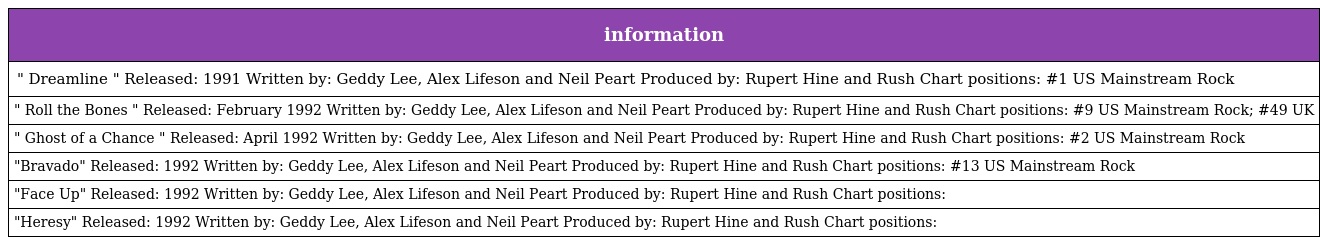
| information |
 | --- |
 | " Dreamline " Released: 1991 Written by: Geddy Lee, Alex Lifeson and Neil Peart Produced by: Rupert Hine and Rush Chart positions: #1 US Mainstream Rock |
 | " Roll the Bones " Released: February 1992 Written by: Geddy Lee, Alex Lifeson and Neil Peart Produced by: Rupert Hine and Rush Chart positions: #9 US Mainstream Rock; #49 UK |
 | " Ghost of a Chance " Released: April 1992 Written by: Geddy Lee, Alex Lifeson and Neil Peart Produced by: Rupert Hine and Rush Chart positions: #2 US Mainstream Rock |
 | "Bravado" Released: 1992 Written by: Geddy Lee, Alex Lifeson and Neil Peart Produced by: Rupert Hine and Rush Chart positions: #13 US Mainstream Rock |
 | "Face Up" Released: 1992 Written by: Geddy Lee, Alex Lifeson and Neil Peart Produced by: Rupert Hine and Rush Chart positions: |
 | "Heresy" Released: 1992 Written by: Geddy Lee, Alex Lifeson and Neil Peart Produced by: Rupert Hine and Rush Chart positions: |